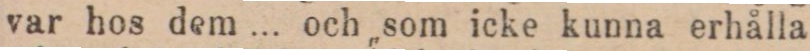
var hos dem ... och som icke kunna erhålla